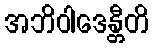
အဘိဝါဒေန္တီတိ